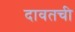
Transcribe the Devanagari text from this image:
दावतची